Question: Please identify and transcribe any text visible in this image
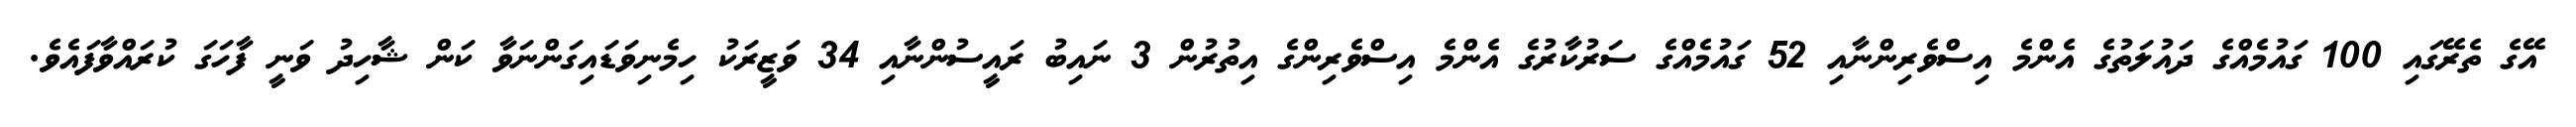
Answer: އޭގެ ތެރޭގައި 100 ގައުމެއްގެ ދައުލަތުގެ އެންމެ އިސްވެރިންނާއި 52 ގައުމެއްގެ ސަރުކާރުގެ އެންމެ އިސްވެރިންގެ އިތުރުން 3 ނައިބު ރައީސުންނާއި 34 ވަޒީރަކު ހިމެނިވަޑައިގަންނަވާ ކަން ޝާހިދު ވަނީ ފާހަގަ ކުރައްވާފައެވެ.